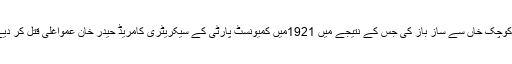
اس متحدہ محاذ میں پھوٹ ڈالنے کے لیے برطانیہ نے متحدہ محاذ کے ایک رہنمامرزا کوچک خاں سے ساز باز کی جس کے نتیجے میں 1921میں کمیونسٹ پارٹی کے سیکریٹری کامریڈ حیدر خان عمواغلی قتل کر دیے گئے اور پھر رضا شاہ کی قیادت میں جیلان سوویت کو خاک وخوں میں ملا دیا گیا ۔